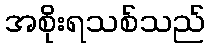
အစိုးရသစ်သည်